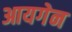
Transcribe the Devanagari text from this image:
आयगेन